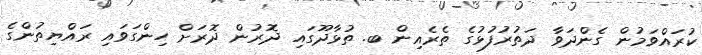
ކުރައްވަމުން ގެންދަވާ ދަތުރުފުޅުގެ ތެރެއިން ބ. ތުޅާދޫގައި ދޮރުން ދޮރަށް ހިންގަވައި ރައްޔިތުންގެ